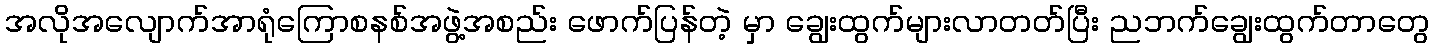
အလိုအလျောက်အာရုံကြောစနစ်အဖွဲ့အစည်း ဖောက်ပြန်တဲ့ မှာ ချွေးထွက်များလာတတ်ပြီး ညဘက်ချွေးထွက်တာတွေ